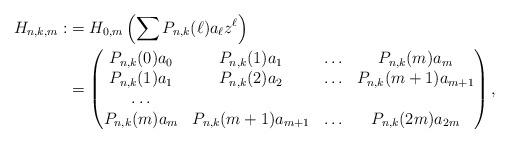
LaTeX: \begin{align*}H_{n,k,m}:&=H_{0,m}\left(\sum P_{n,k}(\ell)a_{\ell}z^{\ell}\right)\\&=\begin{pmatrix} P_{n,k}(0)a_0 & P_{n,k}(1)a_{1} & \ldots & P_{n,k}(m)a_{m} \\P_{n,k}(1)a_{1} & P_{n,k}(2)a_{2} &\ldots & P_{n,k}(m+1)a_{m+1} \\ \ldots \\ P_{n,k}(m)a_{m} & P_{n,k}(m+1)a_{m+1} &\ldots & P_{n,k}(2m)a_{2m} \end{pmatrix},\end{align*}